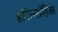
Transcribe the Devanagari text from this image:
हरितसंहिता